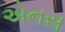
એનસ